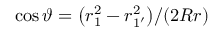
{ \cos \vartheta = \bigl ( r _ { 1 } ^ { 2 } - r _ { 1 ^ { \prime } } ^ { 2 } \bigr ) / ( 2 R r ) }